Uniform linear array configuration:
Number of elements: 12
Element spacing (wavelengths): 0.5
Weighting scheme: hann
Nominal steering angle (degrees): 0
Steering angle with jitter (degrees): -0.6545
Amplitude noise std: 0.05
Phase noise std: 0.05

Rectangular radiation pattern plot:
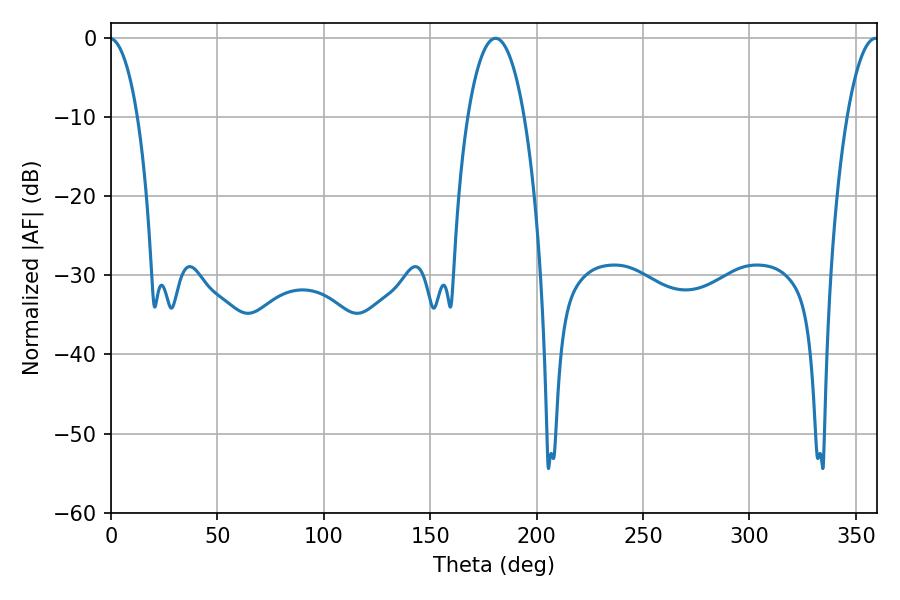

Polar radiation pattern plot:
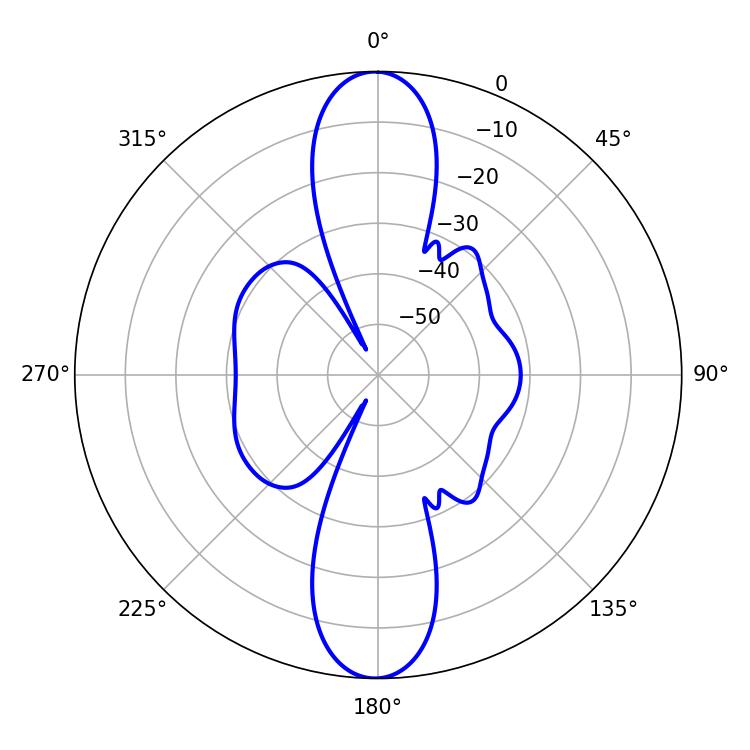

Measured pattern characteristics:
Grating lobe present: FALSE
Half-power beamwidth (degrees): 14.76
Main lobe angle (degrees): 180.72